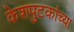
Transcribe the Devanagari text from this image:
केशपुटकांच्या